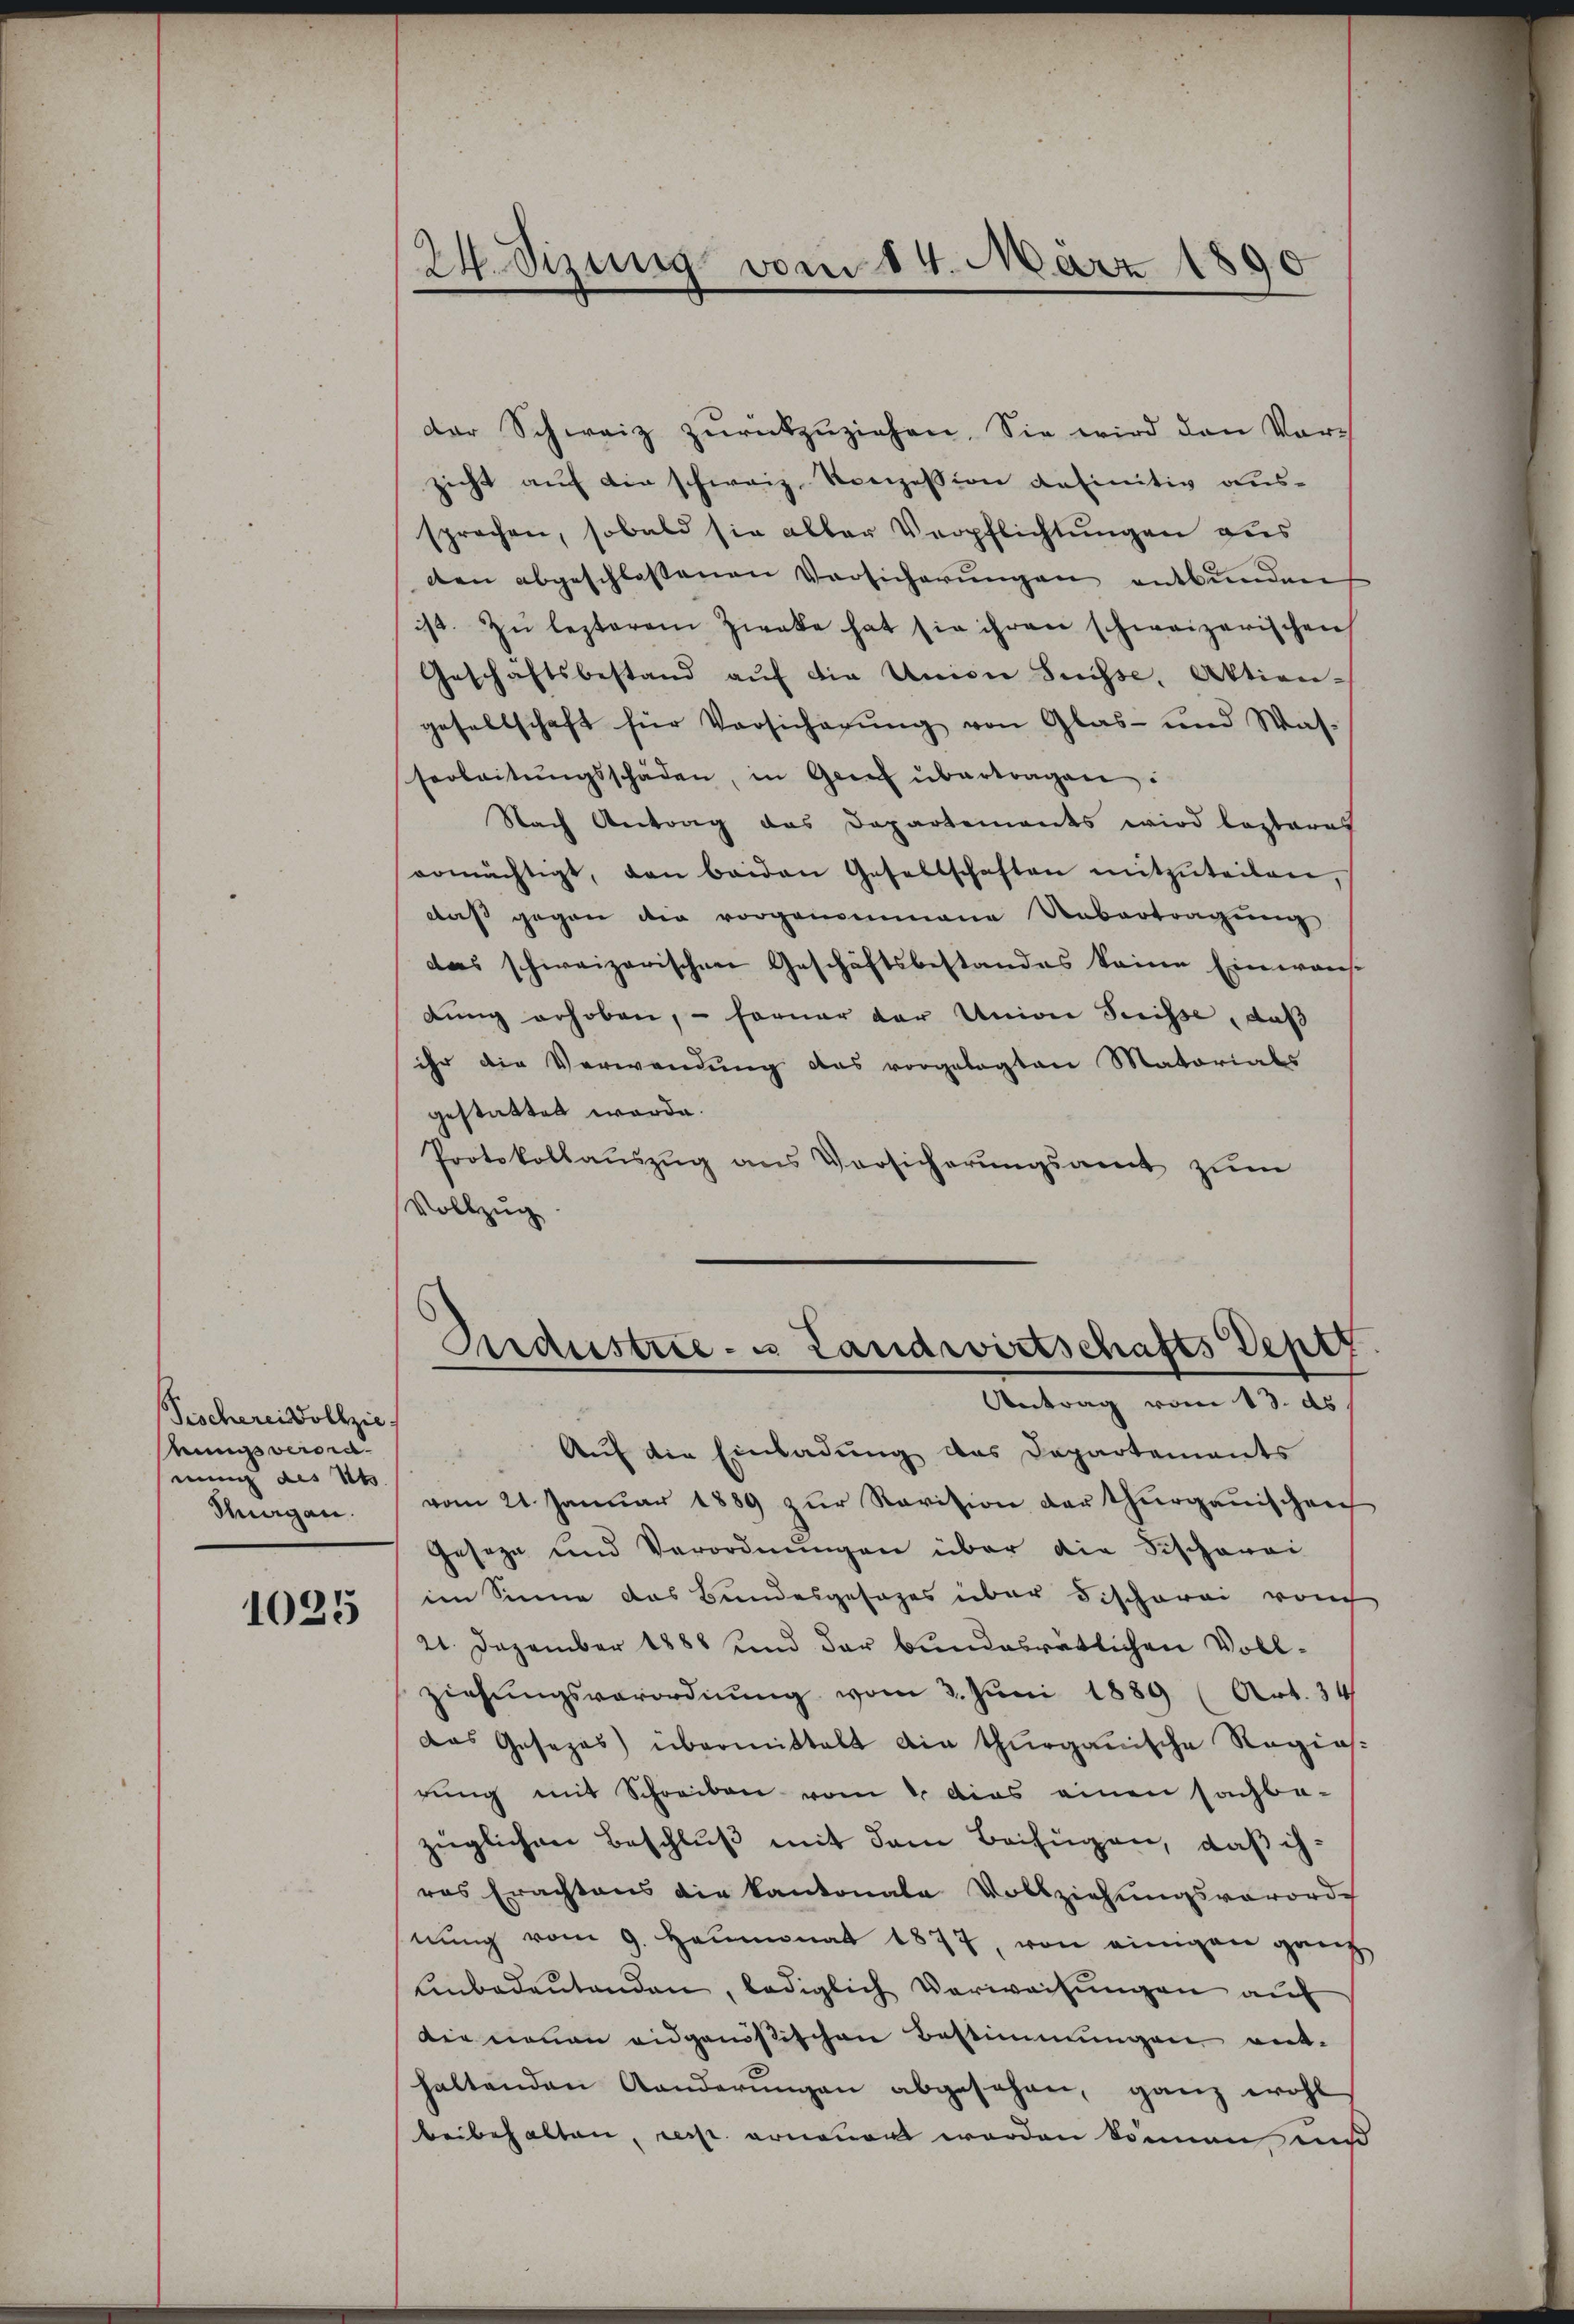
Pischerei Vollzie-
nungsveroranung des Kts.
Magen.

1025

24. Sizung vom 14. März 1890

der Schweiz zŭrückzŭziehen. Sie wird den Vor-
zicht auf die schweiz. Konzession definitiv aus-
sprochen, sobald sie aller Verpflichtungen aus
den abgeschlossenen Versicherŭngen entbunden
ist. Zu lezterem Zwecke hat sie ihren schweizerischen
Geschäftsbestand aŭf die Union Suisse, Aktien-
gesellschaft für Versicherŭng von Glas- und Was-
serbeitŭngsschäden, in Genf übertragen:
Nach Antrag des Departements wird leztere
ermächtigt, den beiden Gesellschaften mitzŭteilen,
daβ gegen die vorgenommene Uebertragung
das schweizerischen Geschäftsbestandes keine Einwans
dŭng erhoben, – ferner der Union Serisse, daß
ihr die Verwendung das vorgelegten Matarials
gestattet werde.
Protokollauszug aus Versicherŭngsamt zum
Vollzug
Industrie- u Landwirtschafts Deptt
Antrag vom 13. ds
Auf die Einladung des Departements
vom 21. Januar 1889 zŭr Revision der thurgauischen
Geseze und Verordnungen über die Fischerei
im Sinne das Bundesgesezes über Fischerei vom
21. Dezember 1888 und der bundesrätlichen Vollziehungsverordnung vom 2. Juni 1889 (Art. 34
das Gesezes übermittelt die thurgauische Regias-
rŭng mit Schreiben vom 1. dies einen sachba-
züglichen Beschluß mit dem Beifügen, daß ih-
res Erachtens die kantonale Vollziehŭngsverord-
nung vom 9. Heumonat 1877, von einigen ganz
Unbedeŭtenden, lediglich Verweisungen auf
Die neuen eidgenößischen Bestimmungen ent-
haltenden Aenderŭngen abgesehen, ganz wohl
beibehalten, resp. erneuert werden können uns